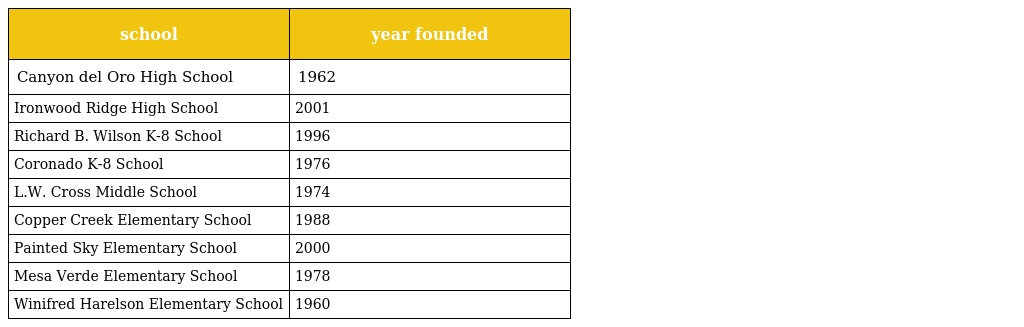
| school | year founded |
 | --- | --- |
 | Canyon del Oro High School | 1962 |
 | Ironwood Ridge High School | 2001 |
 | Richard B. Wilson K-8 School | 1996 |
 | Coronado K-8 School | 1976 |
 | L.W. Cross Middle School | 1974 |
 | Copper Creek Elementary School | 1988 |
 | Painted Sky Elementary School | 2000 |
 | Mesa Verde Elementary School | 1978 |
 | Winifred Harelson Elementary School | 1960 |